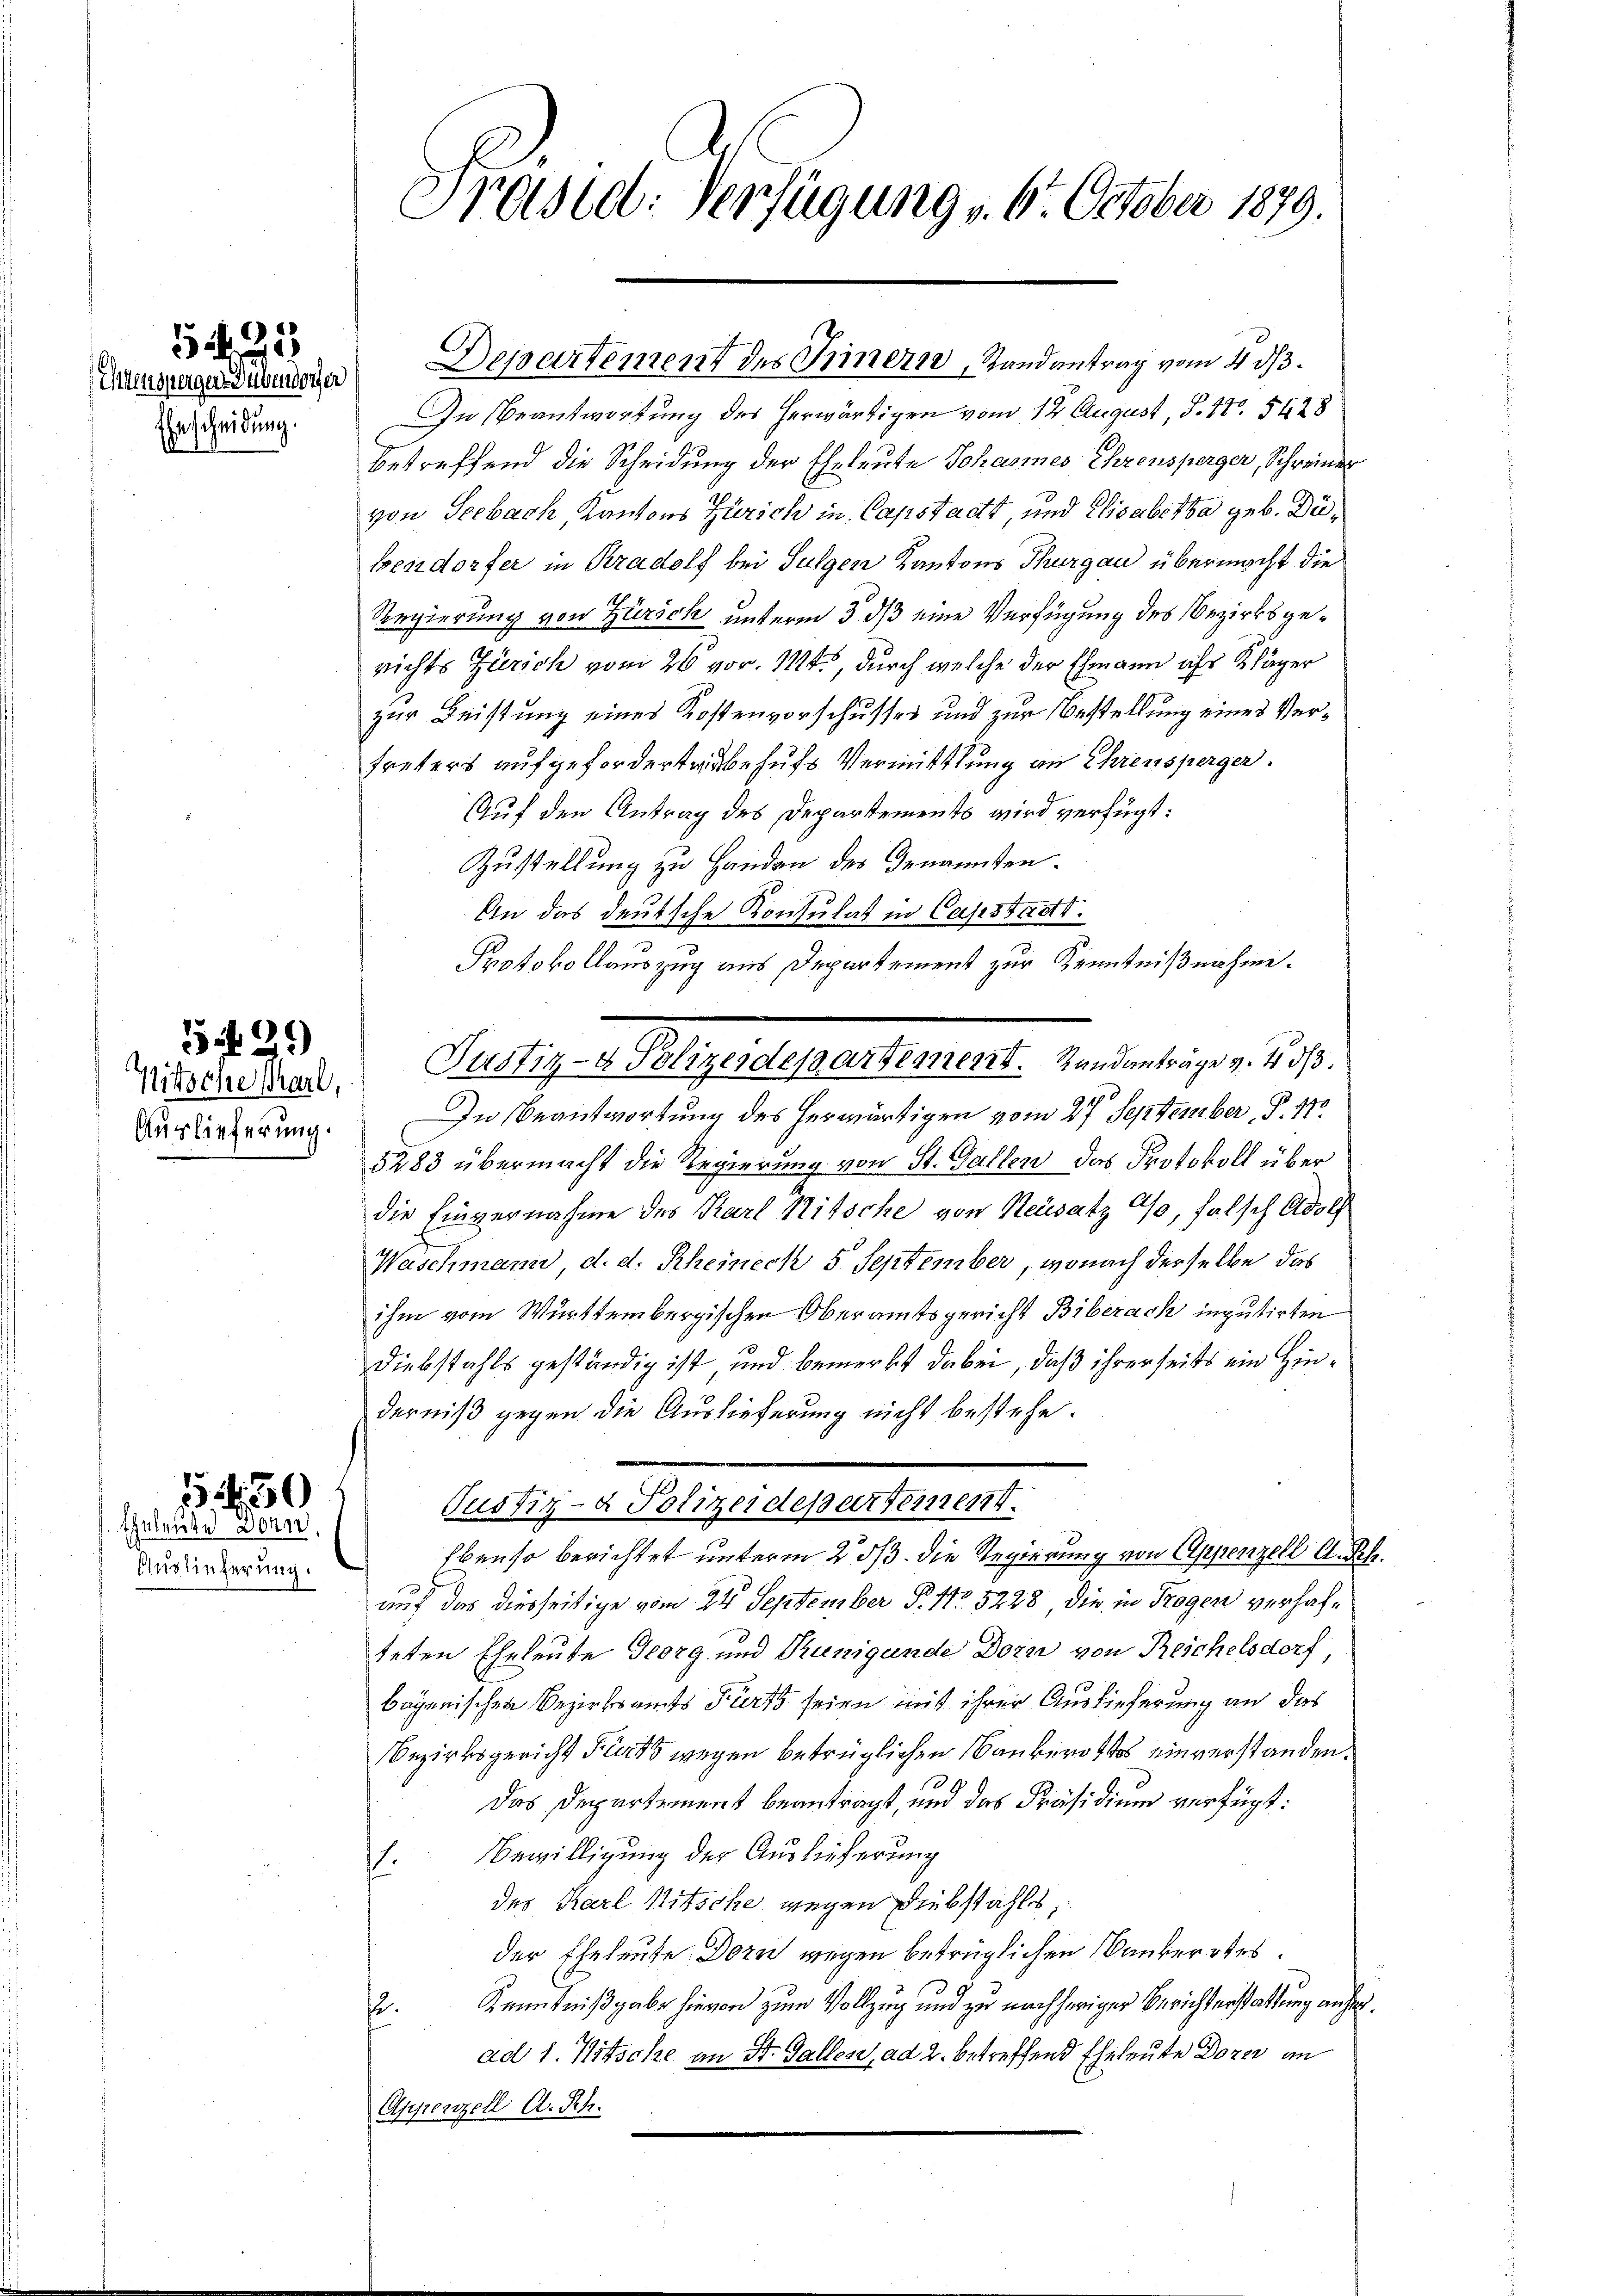
Einscheidung.

25

Nitsche scharl,
Auslieferung.

3499)

Auslieferung.

3550
Eheleute Dönn

Präsid. Verfügung v. 6. October 1879.

In Beantwortung des herwärtigen vom 12. August, S. 170. 5428
betreffend die Scheidung der Eheleute Johannes Ehrensperger, Schreiner
von Seebach, Kantons Zürich in Capstadt, und Elisabetha geb. Dübendorfer in Kradolf bei Sulgen Kantons Thurgau übermacht die
Regierung von Zürich unterm 3. ds eine Verfügung des Bezirksgerichts Zürich vom 26 vor. 114, durch welche der Ehmann ihr Kläger
zur Leistung eines Kostenvorschusses und zur Bestellung eines Ver¬
Freters aufgefordertaubehufs Vermittlung an Ehrensperger.
Auf den Antrag des Departements wird verfügt:
Zustellung zu Handen des Genannten.
An das deutsche Konsulat in Capstadtt.
Protokollauszug aus Departement zur Kenntnißnahme.
In Beantwortung des herwärtigen vom 27. September, P. 17
5283 übermacht die Regierung von St. Gallen das Protokoll über
die Einvernahme des Karl Nitsche von Neusatz so, falsch Adolf
Waschmann, d. d. Rheineck 5 September, wonach derselbe das
ihm vom Württembergischen Oberamtsgericht Biberack inputirten
Diebstahls geständig ist und bemerkt dabei, daß ihrerseits ein Hinderniß gegen die Auslieferung nicht bestehe.
Tustiz- & Polizeidepartement.
Ebenso berichtet unterm 23/3. die Regierung von Appenzell A. R.
auf das diesseitige vom 24 September P. Nr. 5228, die in Trogen verhafteten Eheleute Georg und Runigunde Dorn von Reschelsdorf
baganischen Bezirksamts Parts seien mit ihrer Auslieferung an das
Bezirksgericht Furts wegen betrüglichen Bankerottes einverstanden.
Das Departement beantragt, und das Präsidium verfügt:
1. Bewilligung der Auslieferung
des Karl Ritsche wegen Diebstahls,
der Eheleute Dorn wegen betrüglichen Wankerotes.
Kenntnißgabe hievon zum Vollzug und zu nachheriger Berichterstattung anher
.
ad 1. Mitsche an St. Gallen, ad 2. betreffend Eheleute Dozen an
Appenzell A. Rh.

Cesaren Bunde Departement des Tinern, Randantrag vom 4. ds.

Pelligen gestehersterner vereinstiger 1890.

.